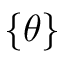
\{ \theta \}